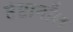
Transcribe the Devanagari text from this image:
हेप्टानॉल